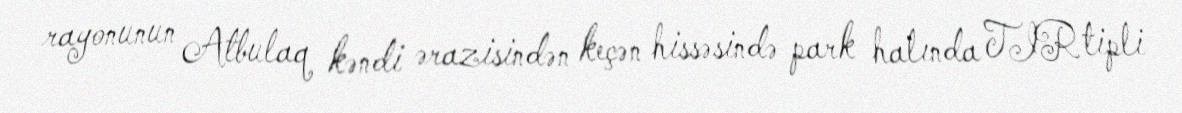
rayonunun Atbulaq kəndi ərazisindən keçən hissəsində park halında TIR tipli